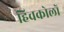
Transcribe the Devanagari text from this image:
हिचकोलों